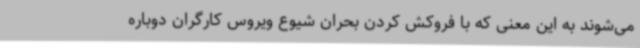
می‌شوند به این معنی که با فروکش کردن بحران شیوع ویروس کارگران دوباره